Medical and sanitary report of the native army of Bengal for the year
Year: 1876
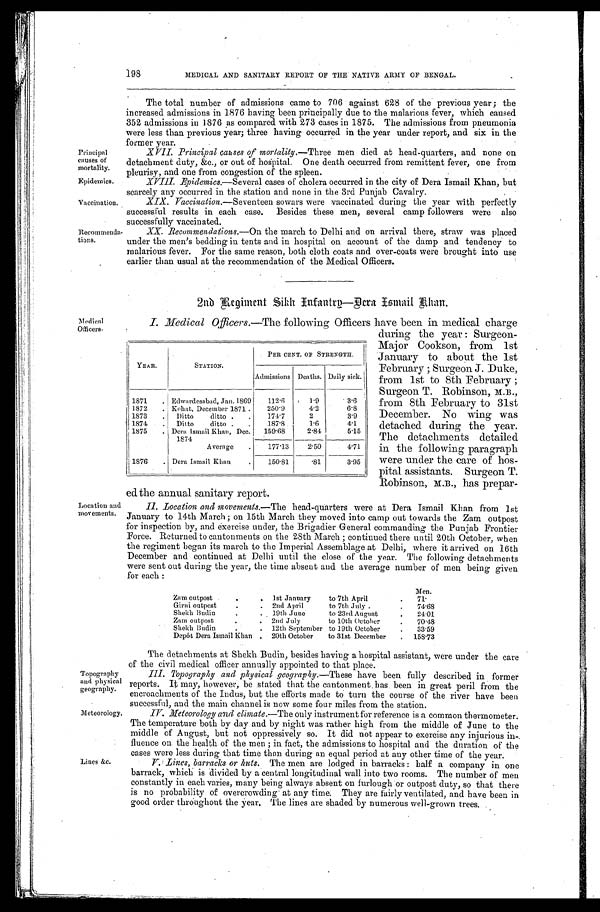
Principal
causes of
mortality.
Epidemics.
Vaccination.
Recommenda
-tions.
Topography
and physical
geography.
Meteorology.
198 MEDICAL AND SANITARY REPORT OF THE NATIVE ARMY OF BENGAL.
Medical
Officers.
Location and
movements.
The total number of admissions came to 706 against 628 of the previous year; the
increased admissions in 1876 having been principally due to the malarious fever, which caused
352 admissions in 1876 as compared with 273 cases in 1875. The admissions from pneumonia
were less than previous year; three having occurred in the year under report, and six in the
former year.
XVII. Principal causes of mortality. —Three men died at head-quarters, and none on
detachment duty, &c., or out of hospital. One death occurred from remittent fever, one from
pleurisy, and one from congestion of the spleen.
XVIII. Epidemics.—Several cases of cholera occurred in the city of Dera Ismail Khan, but
scarcely any occurred in the station and none in the 3rd Punjab Cavalry.
XIX. Vaccinaion.—Seventeen sowars were vaccinated during the year with perfectly
successful results in each case. Besides these men, several camp followers were also
successfully vaccinated.
XX. Recommendations. —On the march to Delhi and on arrival there, straw was placed
under the men's bedding in tents and in hospital on account of the damp and tendency to
malarious fever. For the same reason, both cloth coats and over-coats were brought into use
earlier than usual at the recommendation of the Medical Officers.
2nd Regiment Sikh Infantry—Dera Ismail Khan.
I . M e d i c a l O f f i c e r s .
— T h e f o l l o w i n g O f f i c e r s h a v e b e e n i n m e d i c a l c h a r g e
during the year: Surgeon-
Major Cookson, from 1st
January to about the 1st
February; Surgeon J. Duke,
from 1st to 8th February;
Surgeon T. Robinson, M.B.,
from 8th February to 31st
December. No wing was
detached during the year.
The detachments detailed
in the following paragraph
were under the care of hos
-pital assistants. Surgeon T.
Robinson, M.B., has prepar
- e d t h e a n n u a l s a n i t a r y r e p o r t .
II. Location and movements.—The head-quarters were at Dera Ismail Khan from 1st
January to 14th March; on 15th March they moved into camp out towards the Zam outpost
for inspection by, and exercise under, the Brigadier General commanding the Punjab Frontier
Force. Returned to cantonments on the 28th March; continued there until 20th October, when
the regiment began its march to the Imperial Assemblage at Delhi, where it arrived on 16th
December and continued at Delhi until the close of the year. The following detachments
were sent out during the year, the time absent and the average number of men being given
for each:
YEAR.
STATION.
PER CENT. Or STRENGTH.
Admissions Deaths. Daily sick.
Edwardesabad, Jan. 1869 112.6
1.9
3.6
1872
Kohat, December 1871
250.9
4.2
6.8
1873
Ditto ditto
174. 7
2
3. 9
1874
Ditto ditto
187.8
1.6
4.1
1875
Dera Ismail Khan, Dec.
1874
159.68
2.84
5.15
Average
177.13
2.50
4.71
1876
Dera Ismail Khan
150.81
.81
3.95
Men.
Zara outpost
1st January to 7th April
71.
Girni outpost
2nd April to 7th July
74.68
Shekh Budin 19th June to 23rd August
24.01
Zam outpost
2nd July to 10th October
70.48
Shekh Budin
12th September to 19th October
33.59
Depôt Dera Ismail Khan
20th October to 31st December
158.73
Lines &c.
The detachments at Shekh Budin, besides having a hospital assistant, were under the care
of the civil medical officer annually appointed to that place.
III. Topography and physical geography. —These have been fully described in former
reports. It may, however, be stated that the cantonment has been in great peril from the
encroachments of the Indus, but the efforts made to turn the course of the river have been
successful, and the main channel is now some four miles from the station.
IV. Meteorology and climate. —The only instrument for reference is a common thermometer.
The temperature both by day and by night was rather high from the middle of June to the
middle of August, but not oppressively so. It did not appear to exercise any injurious in-
fluence on the health of the men; in fact, the admissions to hospital and the duration of the
cases were less during that time than during an equal period at any other time of the year.
V. Lines, barracks or huts. The men are lodged in barracks: half a company in one
barrack, which is divided by a central longitudinal wall into two rooms. The number of men
constantly in each varies, many being always absent on furlough or outpost duty, so that there
is no probability of overcrowding at any time. They are fairly ventilated, and have been in
good order throughout the year. The lines are shaded by numerous well-grown trees.